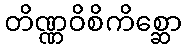
တိဏ္ဏဝိစိကိစ္ဆော